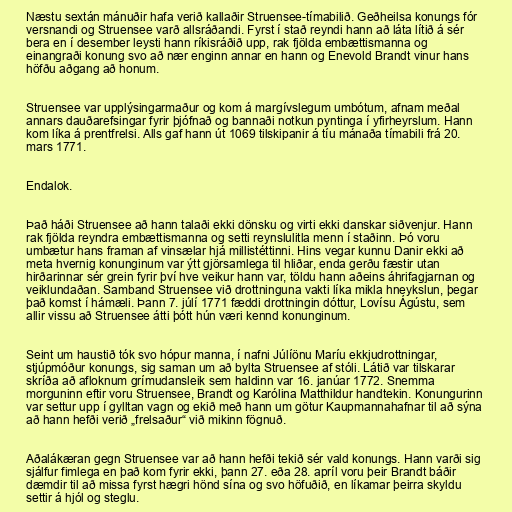
Næstu sextán mánuðir hafa verið kallaðir Struensee-tímabilið. Geðheilsa konungs fór
versnandi og Struensee varð allsráðandi. Fyrst í stað reyndi hann að láta lítið á sér
bera en í desember leysti hann ríkisráðið upp, rak fjölda embættismanna og
einangraði konung svo að nær enginn annar en hann og Enevold Brandt vinur hans
höfðu aðgang að honum.

Struensee var upplýsingarmaður og kom á margívslegum umbótum, afnam meðal
annars dauðarefsingar fyrir þjófnað og bannaði notkun pyntinga í yfirheyrslum. Hann
kom líka á prentfrelsi. Alls gaf hann út 1069 tilskipanir á tíu mánaða tímabili frá 20.
mars 1771.

Endalok.

Það háði Struensee að hann talaði ekki dönsku og virti ekki danskar siðvenjur. Hann
rak fjölda reyndra embættismanna og setti reynslulitla menn í staðinn. Þó voru
umbætur hans framan af vinsælar hjá millistéttinni. Hins vegar kunnu Danir ekki að
meta hvernig konunginum var ýtt gjörsamlega til hliðar, enda gerðu fæstir utan
hirðarinnar sér grein fyrir því hve veikur hann var, töldu hann aðeins áhrifagjarnan og
veiklundaðan. Samband Struensee við drottninguna vakti líka mikla hneykslun, þegar
það komst í hámæli. Þann 7. júlí 1771 fæddi drottningin dóttur, Lovísu Ágústu, sem
allir vissu að Struensee átti þótt hún væri kennd konunginum.

Seint um haustið tók svo hópur manna, í nafni Júlíönu Maríu ekkjudrottningar,
stjúpmóður konungs, sig saman um að bylta Struensee af stóli. Látið var tilskarar
skríða að afloknum grímudansleik sem haldinn var 16. janúar 1772. Snemma
morguninn eftir voru Struensee, Brandt og Karólina Matthildur handtekin. Konungurinn
var settur upp í gylltan vagn og ekið með hann um götur Kaupmannahafnar til að sýna
að hann hefði verið „frelsaður“ við mikinn fögnuð.

Aðalákæran gegn Struensee var að hann hefði tekið sér vald konungs. Hann varði sig
sjálfur fimlega en það kom fyrir ekki, þann 27. eða 28. apríl voru þeir Brandt báðir
dæmdir til að missa fyrst hægri hönd sína og svo höfuðið, en líkamar þeirra skyldu
settir á hjól og steglu.